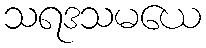
သရဒသမယေ